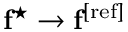
\mathbf { f } ^ { \star } \rightarrow \mathbf { f } ^ { \mathrm { [ r e f ] } }